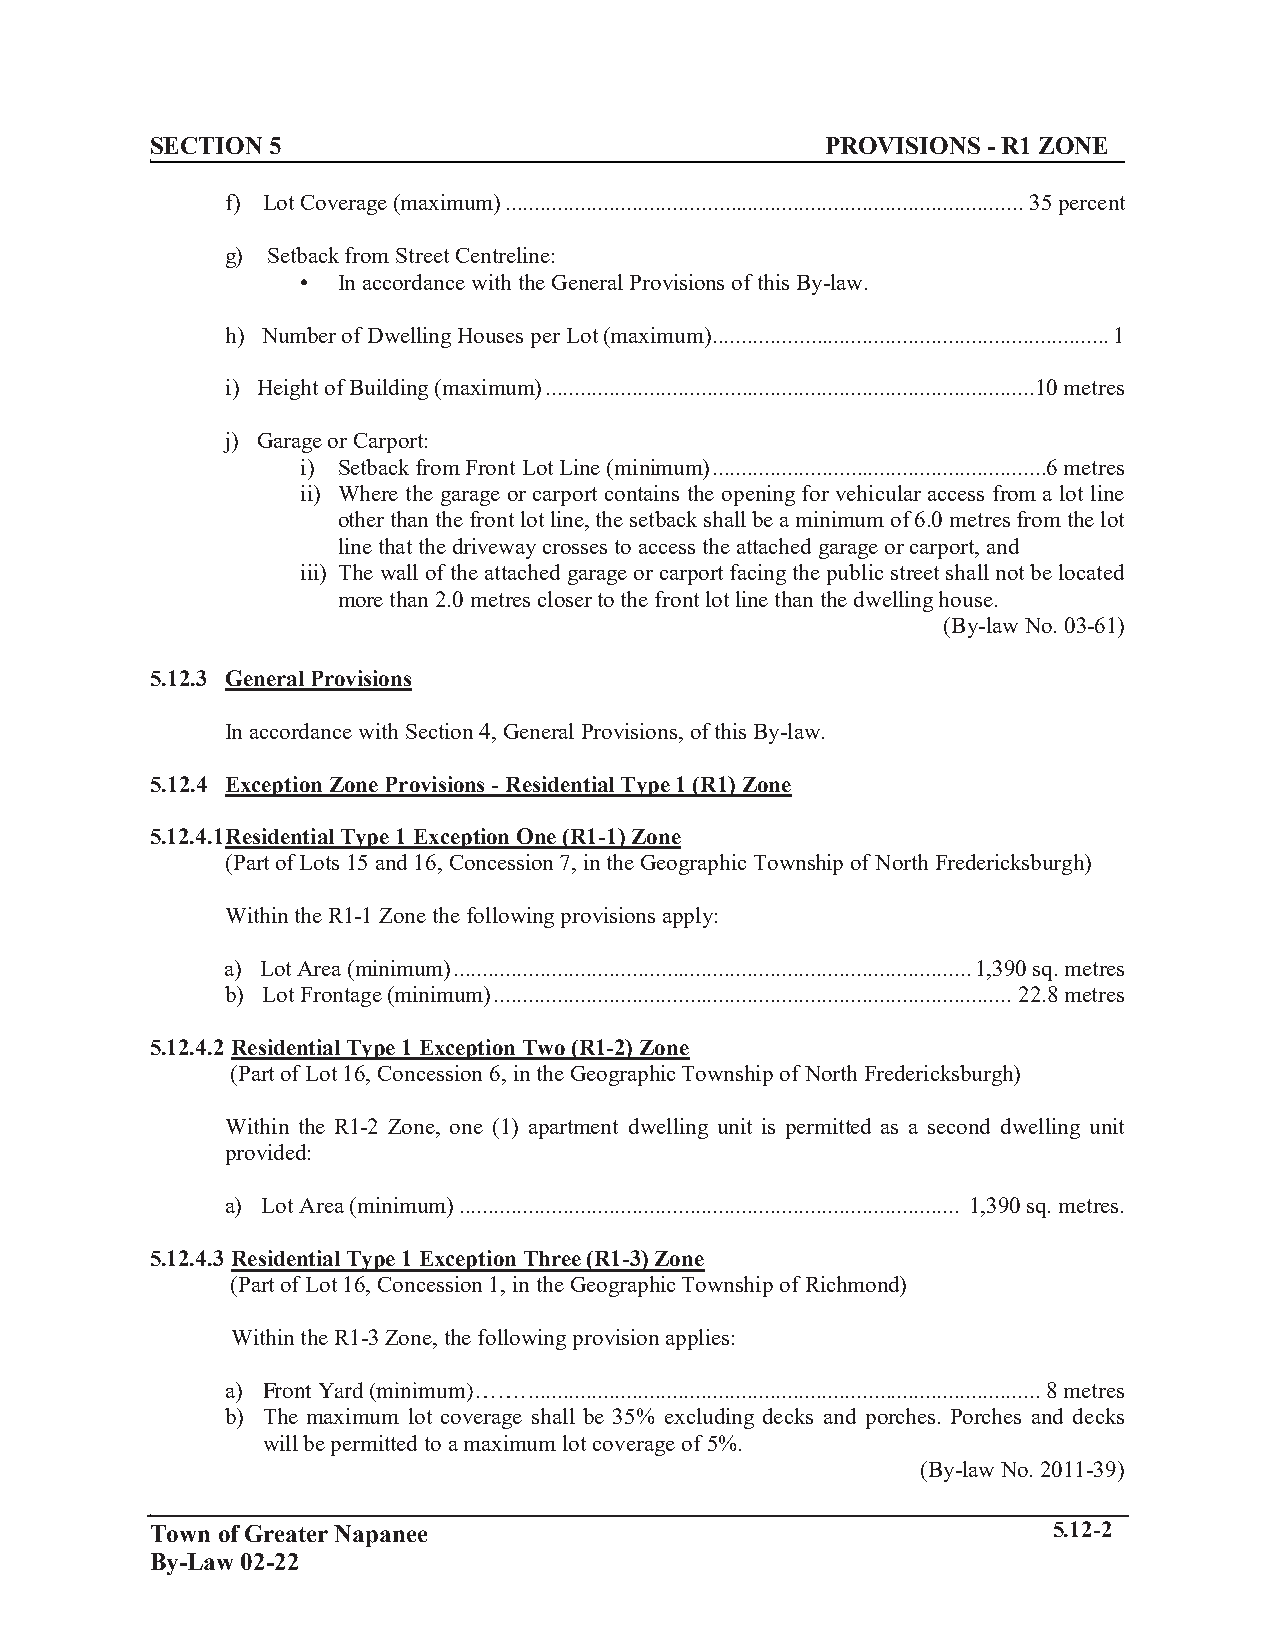
S ECTION 5                                   PROVISIONS - R1 ZONE
 f) Lot Coverage (maximum) .......................................................................................... 35 percent
 g) Setback from Street Centreline:
 • In accordance with the General Provisions of this By-law.
 h) Number of Dwelling Houses per Lot (maximum) ..................................................................... 1
 i) Height of Building (maximum) ..................................................................................... 10 metres
 j) Garage or Carport:
 i) Setback from Front Lot Line (minimum) .......................................................... 6 metres
 ii) Where the garage or carport contains the opening for vehicular access from a lot line
 other than the front lot line, the setback shall be a minimum of 6.0 metres from the lot
 line that the driveway crosses to access the attached garage or carport, and
 iii) The wall of the attached garage or carport facing the public street shall not be located
 more than 2.0 metres closer to the front lot line than the dwelling house.
 (By-law No. 03-61)
 5.12.3 General Provisions
 In accordance with Section 4, General Provisions, of this By-law.
 5.12.4 Exception Zone Provisions - Residential Type 1 (R1) Zone
 5.12.4.1 Residential Type 1 Exception One (R1-1) Zone
 (Part of Lots 15 and 16, Concession 7, in the Geographic Township of North Fredericksburgh)
 Within the R1-1 Zone the following provisions apply:
 a) Lot Area (minimum) .......................................................................................... 1,390 sq. metres
 b) Lot Frontage (minimum) .......................................................................................... 22.8 metres
 5.12.4.2 Residential Type 1 Exception Two (R1-2) Zone
 (Part of Lot 16, Concession 6, in the Geographic Township of North Fredericksburgh)
 Within the R1-2 Zone, one (1) apartment dwelling unit is permitted as a second dwelling unit
 provided:
 a) Lot Area (minimum) ....................................................................................... 1,390 sq. metres.
 5.12.4.3 Residential Type 1 Exception Three (R1-3) Zone
 (Part of Lot 16, Concession 1, in the Geographic Township of Richmond)
 Within the R1-3 Zone, the following provision applies:
 a) Front Yard (minimum)……. ......................................................................................... 8 metres
 b) The maximum lot coverage shall be 35% excluding decks and porches. Porches and decks
 will be permitted to a maximum lot coverage of 5%.
 (By-law No. 2011-39)
 Town of Greater Napanee                                     5.12-2
 By-Law 02-22